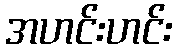
အဟင်းဟင်း